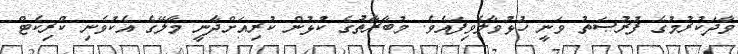
ވާދަކުރުމުގެ ފުރުޞަތު ވަނީ ހުޅުވާލެވިފައެވެ. މުބާރާތުގެ ކުޅުން ކުރިއަށްދާނީ މާލޭގެ އެކުވެނި ކްރިކެޓް